Leaving Certificate Examination (including Day School Certificate (Higher) General paper), 1933
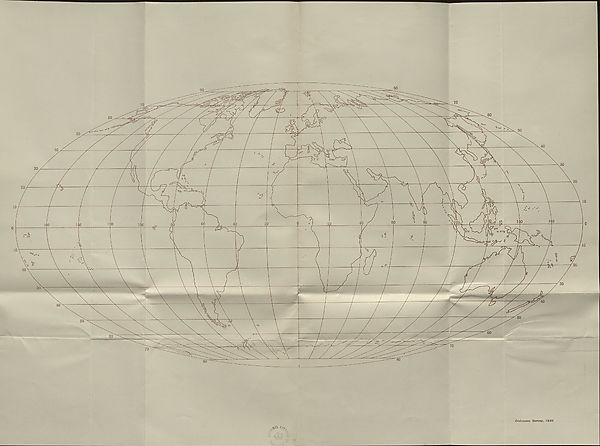
1266/32. Ordnance Survey, 1932.
Engl. Miles
Seale 1:5,000,000
Kilometres L
J
J
50
tOO
LOWER GEOG.
(MAPS.)
LEAVING CERTIFICATE EXAMINATION, 1933.
SCIENCE.
LOWER, ORA.RE—(OEOOR^kJPHY).
MAPS.
Flkli THIS IN FIRST.
Name of School.
TO
Name of Pupil.
BE PINNED INSIDE THE CANDIDATE’S BOOK OF ANSWERS
AND THUS SENT TO THE DEPARTMENT.
[OVER.